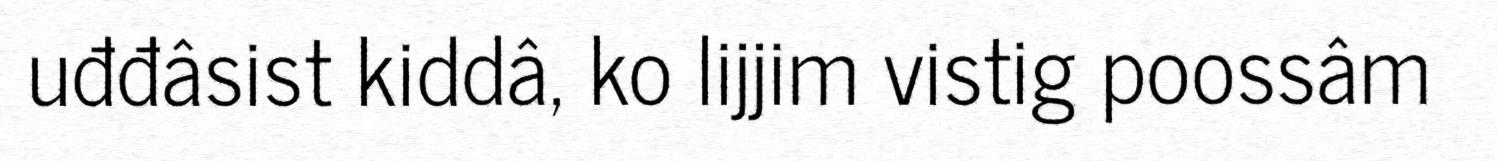
uđđâsist kiddâ, ko lijjim vistig poossâm